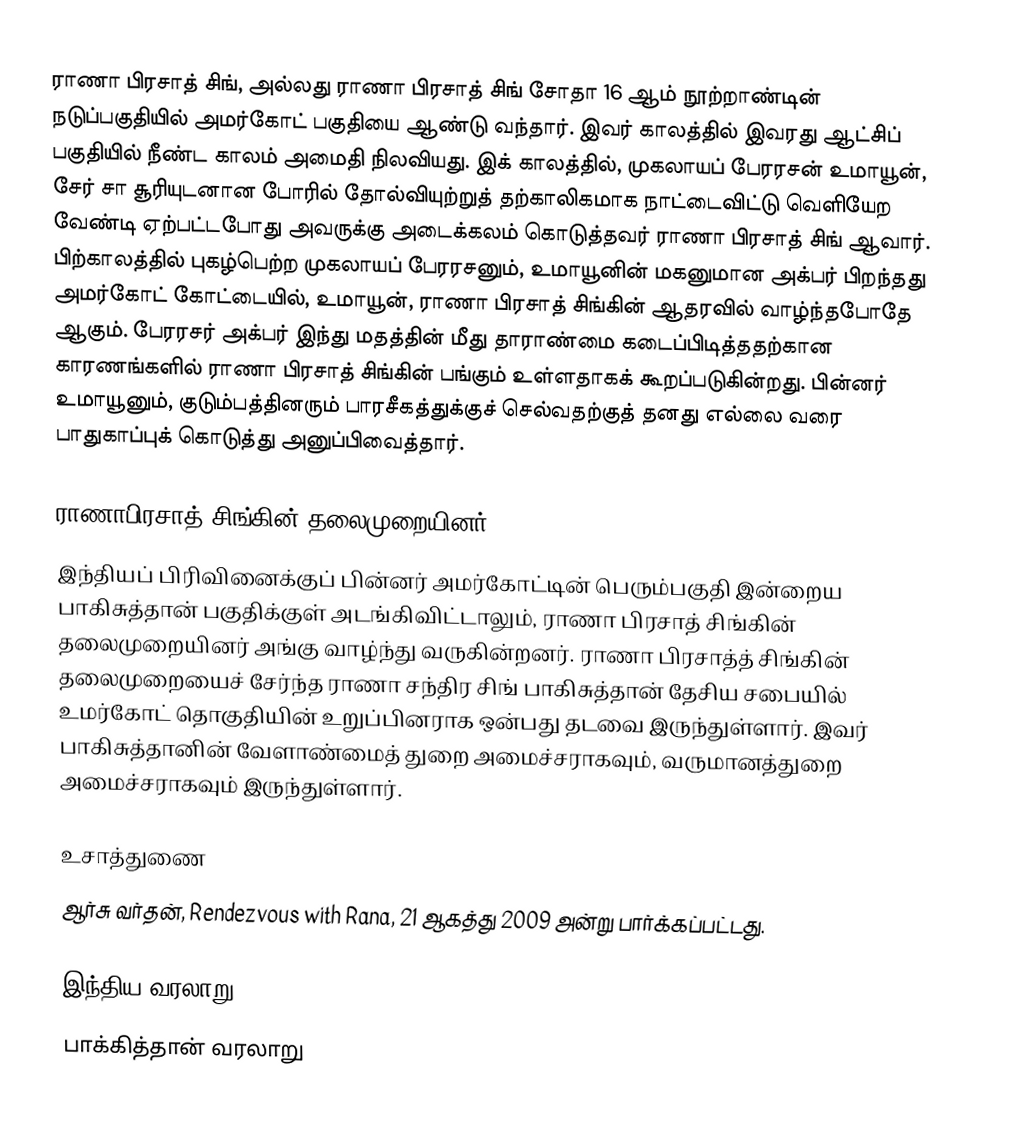
ராணா பிரசாத் சிங், அல்லது ராணா பிரசாத் சிங் சோதா 16 ஆம் நூற்றாண்டின் நடுப்பகுதியில் அமர்கோட் பகுதியை ஆண்டு வந்தார். இவர் காலத்தில் இவரது ஆட்சிப் பகுதியில் நீண்ட காலம் அமைதி நிலவியது. இக் காலத்தில், முகலாயப் பேரரசன் உமாயூன், சேர் சா சூரியுடனான போரில் தோல்வியுற்றுத் தற்காலிகமாக நாட்டைவிட்டு வெளியேற வேண்டி ஏற்பட்டபோது அவருக்கு அடைக்கலம் கொடுத்தவர் ராணா பிரசாத் சிங் ஆவார். பிற்காலத்தில் புகழ்பெற்ற முகலாயப் பேரரசனும், உமாயூனின் மகனுமான அக்பர் பிறந்தது அமர்கோட் கோட்டையில், உமாயூன், ராணா பிரசாத் சிங்கின் ஆதரவில் வாழ்ந்தபோதே ஆகும். பேரரசர் அக்பர் இந்து மதத்தின் மீது தாராண்மை கடைப்பிடித்ததற்கான காரணங்களில் ராணா பிரசாத் சிங்கின் பங்கும் உள்ளதாகக் கூறப்படுகின்றது. பின்னர் உமாயூனும், குடும்பத்தினரும் பாரசீகத்துக்குச் செல்வதற்குத் தனது எல்லை வரை பாதுகாப்புக் கொடுத்து அனுப்பிவைத்தார்.

ராணாபிரசாத் சிங்கின் தலைமுறையினர்
இந்தியப் பிரிவினைக்குப் பின்னர் அமர்கோட்டின் பெரும்பகுதி இன்றைய பாகிசுத்தான் பகுதிக்குள் அடங்கிவிட்டாலும், ராணா பிரசாத் சிங்கின் தலைமுறையினர் அங்கு வாழ்ந்து வருகின்றனர். ராணா பிரசாத்த் சிங்கின் தலைமுறையைச் சேர்ந்த ராணா சந்திர சிங் பாகிசுத்தான் தேசிய சபையில் உமர்கோட் தொகுதியின் உறுப்பினராக ஒன்பது தடவை இருந்துள்ளார். இவர் பாகிசுத்தானின் வேளாண்மைத் துறை அமைச்சராகவும், வருமானத்துறை அமைச்சராகவும் இருந்துள்ளார்.

உசாத்துணை
 ஆர்சு வர்தன், Rendezvous with Rana, 21 ஆகத்து 2009 அன்று பார்க்கப்பட்டது.

இந்திய வரலாறு
பாக்கித்தான் வரலாறு